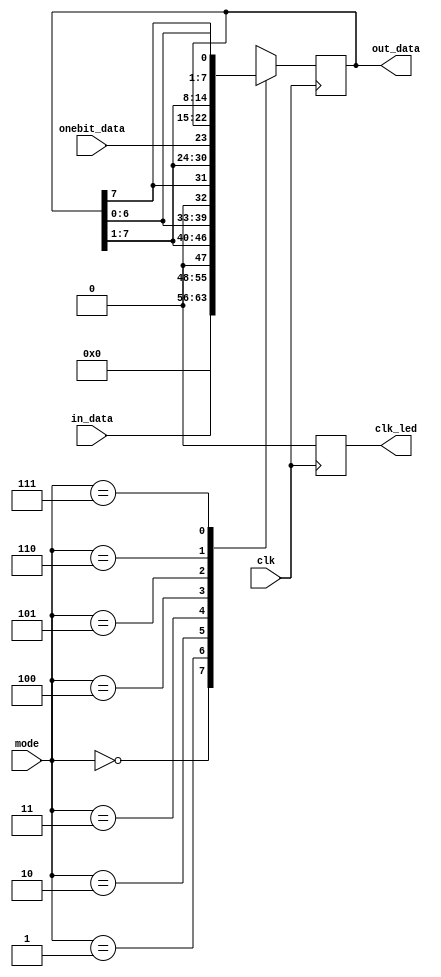
module Register(
	input clk, //key[3]
	input [2:0]mode, //key[0],key[1],key[2]
	input [7:0]in_data, //SW[7:0]
	input onebit_data, //SW[8]
	output reg[7:0]out_data, //LEDR[7:0]
	output reg clk_led //SW[9]
);
//inner signal
reg clk_t;
reg [26:0]count_clk;

//initial
initial
begin
clk_t = 0;
count_clk = 0;
end

//
always @ (posedge clk)
begin
	clk_led <= clk_t;
	case(mode)
	3'b000:begin //
		out_data <= 0;
	end
	3'b001:begin //
		out_data <= in_data;
	end
	3'b010:begin //
		out_data <= {1'b0, out_data[7:1]};
	end
	3'b011:begin //
		out_data <= {out_data[6:0], 1'b0};
	end
	3'b100:begin //
		out_data <= {out_data[7], out_data[7:1]};
	end
	3'b101:begin //8
		out_data <= {onebit_data, out_data[7:1]};
	end
	3'b110:begin //
		out_data <= {out_data[0], out_data[7:1]};
	end
	3'b111:begin //
		out_data <= {out_data[6:0], out_data[7]};
	end
	endcase
end

endmodule